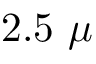
2 . 5 ~ \mu